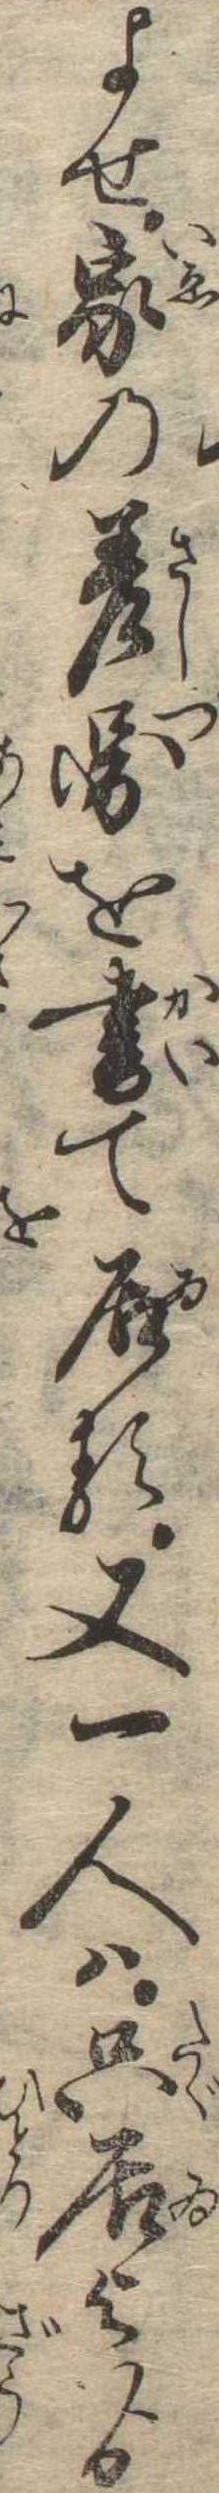
よせ家の差図を書て居る又一人は只居よゟ